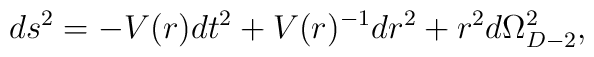
ds^2 = -V(r) dt^2 + V(r)^{-1} dr^2 + r^2 d\Omega_{D-2}^2,